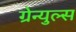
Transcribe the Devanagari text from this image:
ग्रेन्युल्स